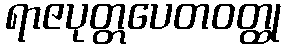
ရာဇပုတ္တပေတဝတ္ထု